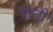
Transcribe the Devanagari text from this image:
प्राटो